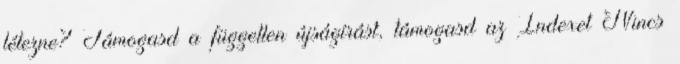
létezne? Támogasd a független újságírást, támogasd az Indexet Nincs